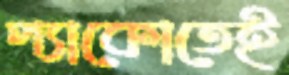
প্যাকোতেই